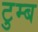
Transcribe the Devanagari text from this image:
टुम्ब